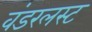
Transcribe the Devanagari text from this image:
वंडरलस्ट